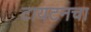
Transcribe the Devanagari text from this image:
टायटनचा